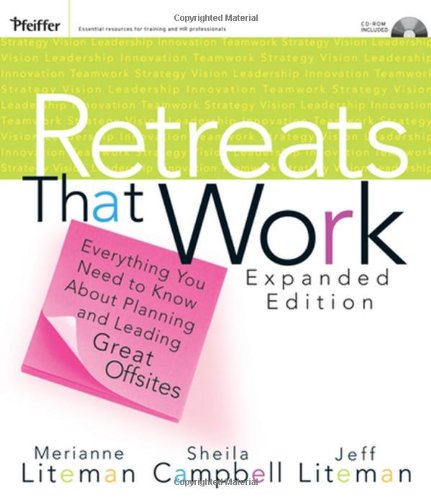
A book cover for Retreats That Work: Everything You Need to Know About Planning and Leading Great Offsites, Expanded Edition; Merianne Liteman; Business & Money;